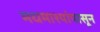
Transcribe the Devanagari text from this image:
मधमाश्यांपासून